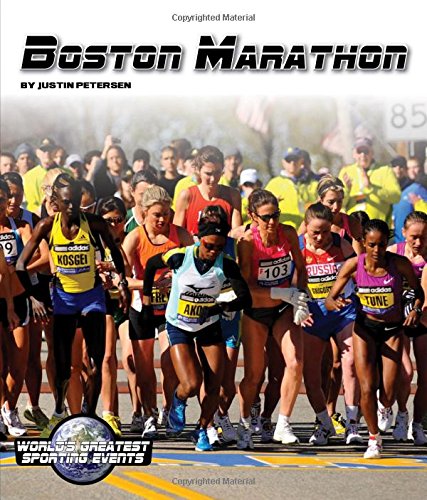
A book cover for Boston Marathon (World's Greatest Sporting Events); Justin Petersen; Children's Books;